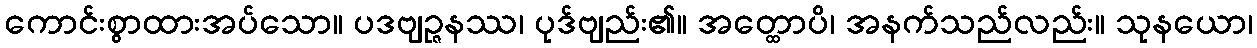
ကောင်းစွာထားအပ်သော။ ပဒဗျဉ္ဇနဿ၊ ပုဒ်ဗျည်း၏။ အတ္ထောပိ၊ အနက်သည်လည်း။ သုနယော၊